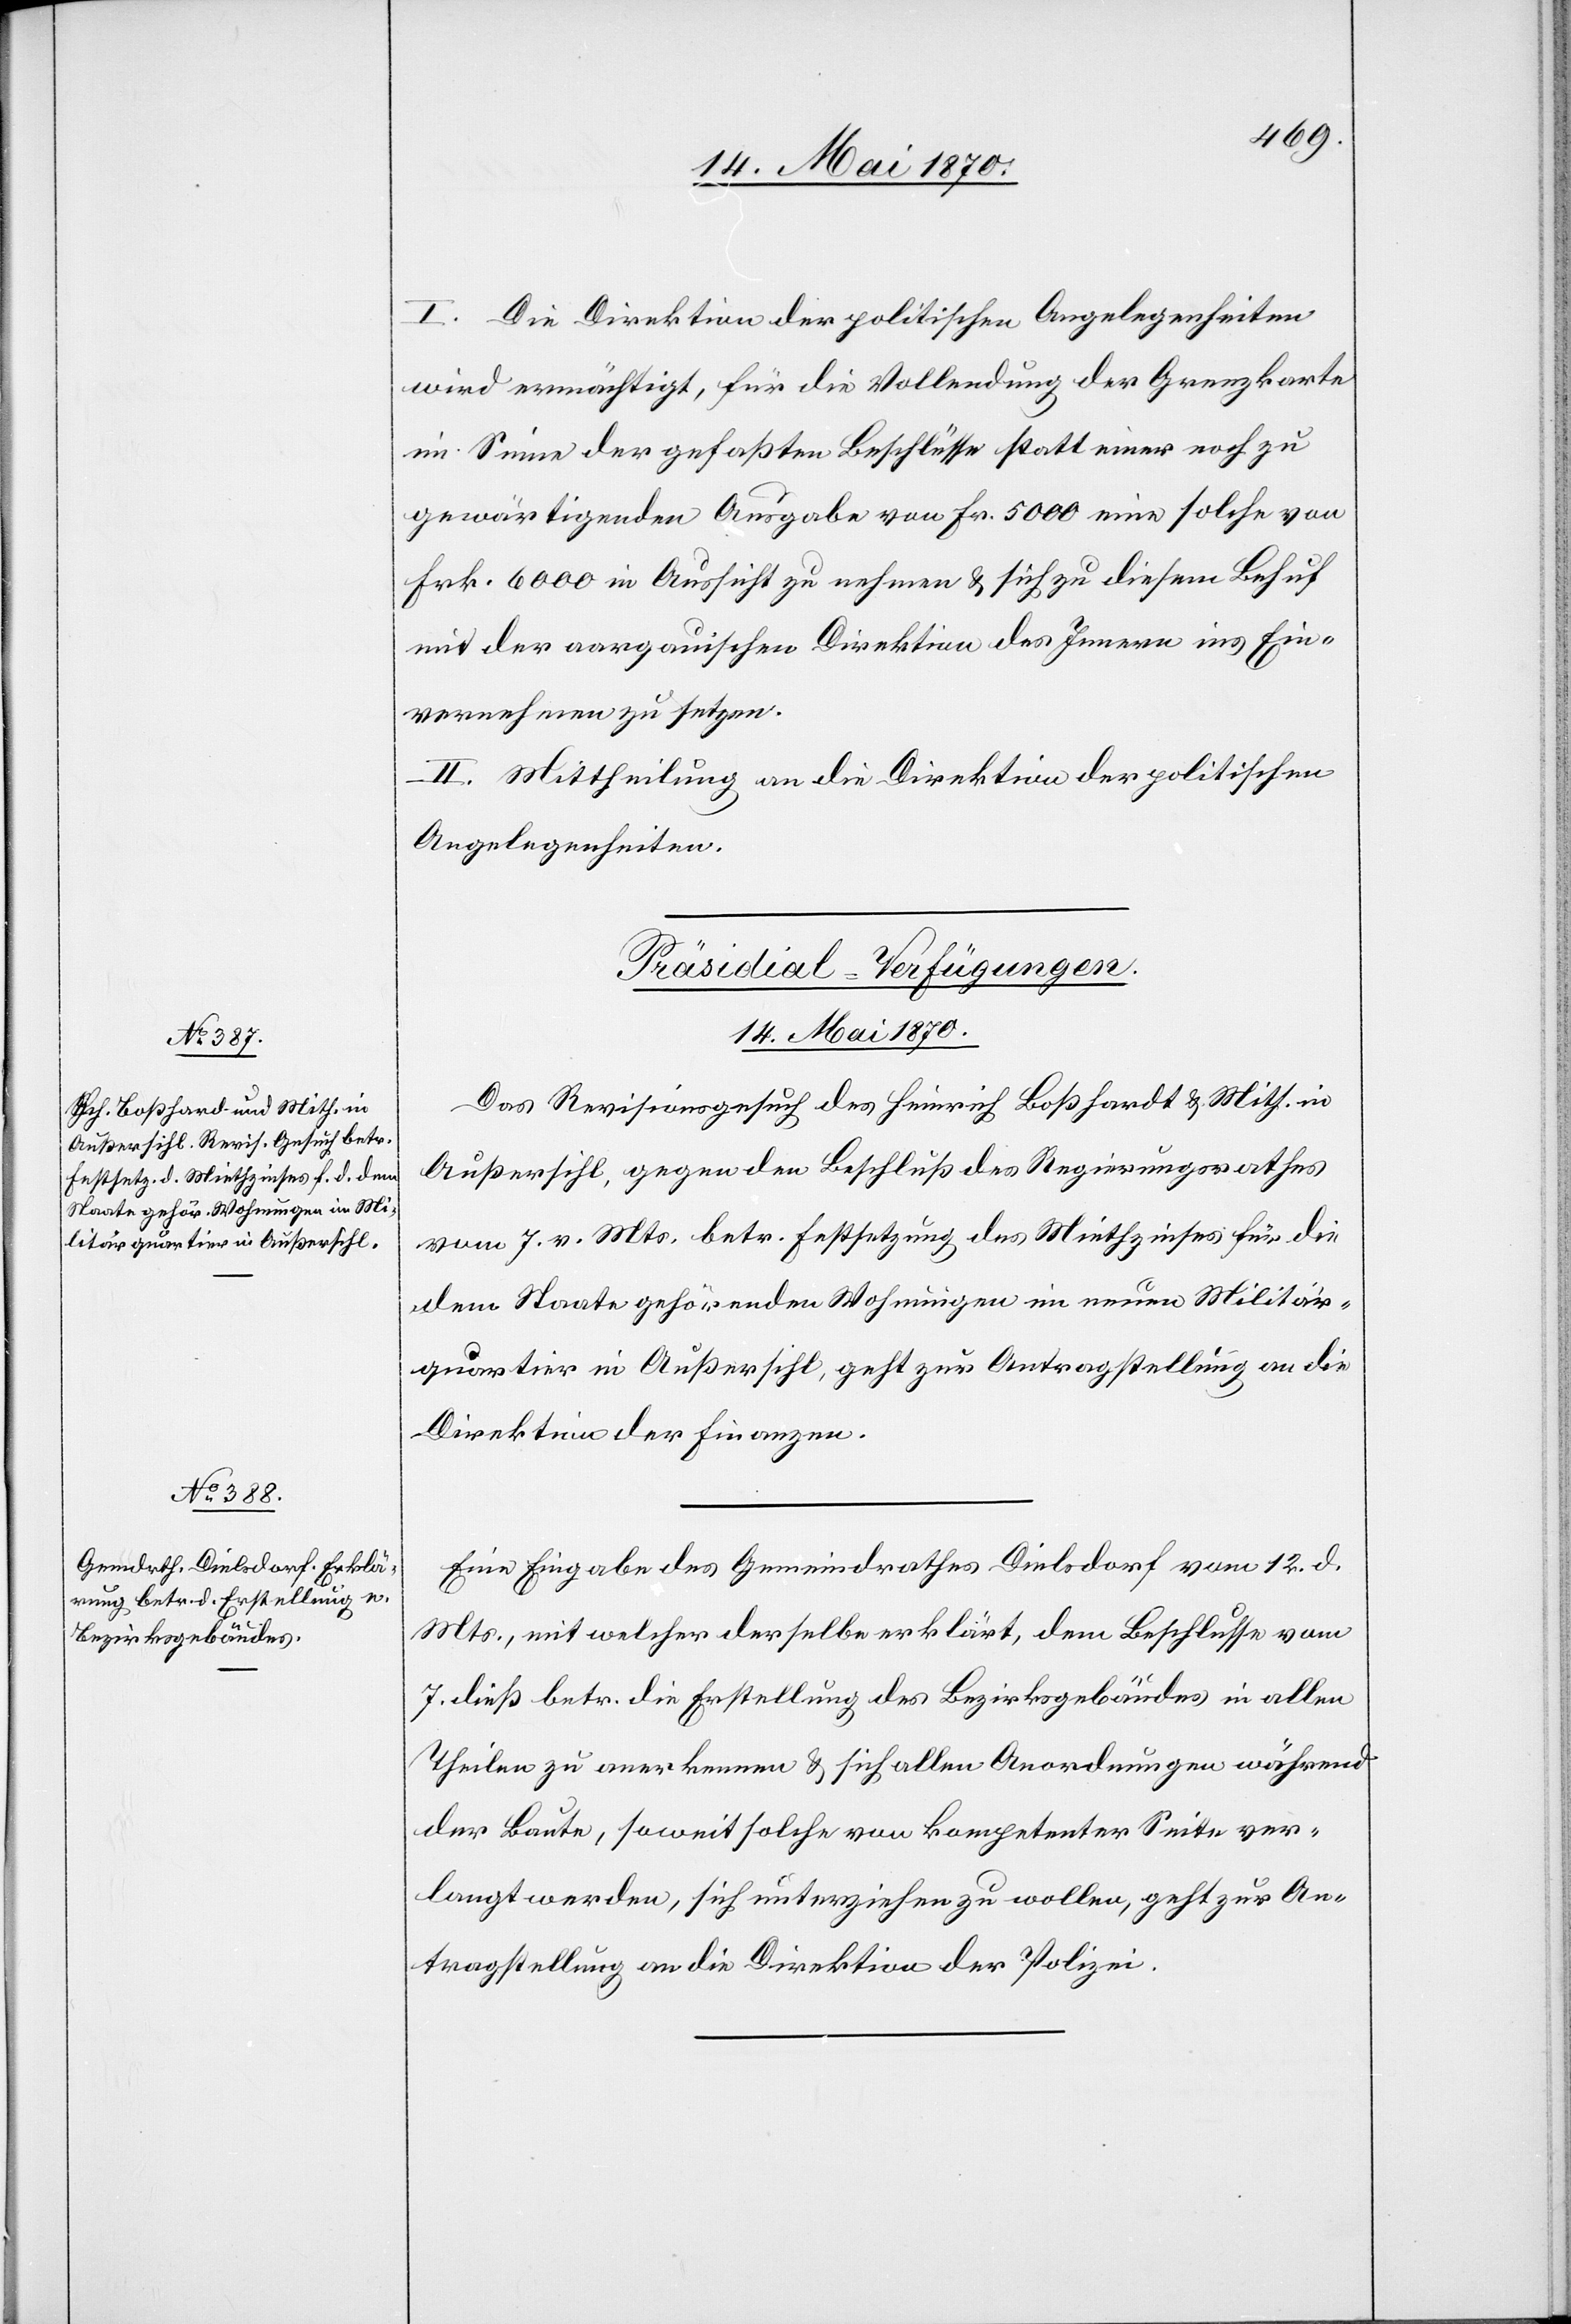
I. Die Direktion der politischen Angelegenheiten
wird ermächtigt, für die Vollendung der Grenzkarte
im Sinne der gefaßten Beschlüsse statt einer noch zu
gewärtigenden Ausgabe von Fr. 5000 eine solche von
Frk. 6000 in Aussicht zu nehmen & sich zu diesem Behuf
mit der aargauischen Direktion des Innern ins Ein¬
vernehmen zu setzen.
II. Mittheilung an die Direktion der politischen
Angelegenheiten.
[Präsidial-Verfügungen.
14. Mai 1870.]
Das Revisionsgesuch des Heinrich Boßhardt [sic!] & Mith. in
Außersihl, gegen den Beschluß des Regierungsrathes
vom 7. v. Mts. betr. Festsetzung des Miethzinses für die
dem Staate gehörenden Wohnungen im neuen Militär¬
quartier in Außersihl, geht zur Antragstellung an die
Direktion der Finanzen.
Eine Eingabe des Gemeindrathes Dielsdorf vom 12. d.
Mts., mit welcher derselbe erklärt, dem Beschlusse vom
7. dieß betr. die Erstellung des Bezirksgebäudes in allen
Theilen zu anerkennen & sich allen Anordnungen während
der Baute, soweit solche von kompetenter Seite ver¬
langt werden, sich unterziehen zu wollen [sic!], geht zur An¬
tragstellung an die Direktion der Polizei.